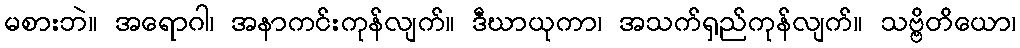
မစားဘဲ။ အရောဂါ၊ အနာကင်းကုန်လျက်။ ဒီဃာယုကာ၊ အသက်ရှည်ကုန်လျက်။ သဗ္ဗိတိယော၊